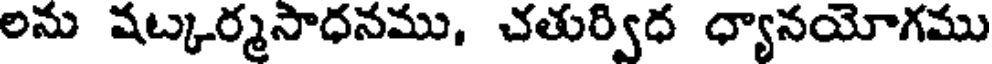
లను షట్కర్మసాధనము, చతుర్విధ ధ్యానయోగము